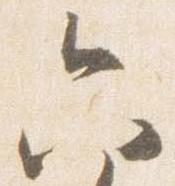
六